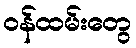
ဝန်ထမ်းတွေ